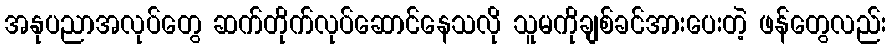
အနုပညာအလုပ်တွေ ဆက်တိုက်လုပ်ဆောင်နေသလို သူမကိုချစ်ခင်အားပေးတဲ့ ဖန်တွေလည်း